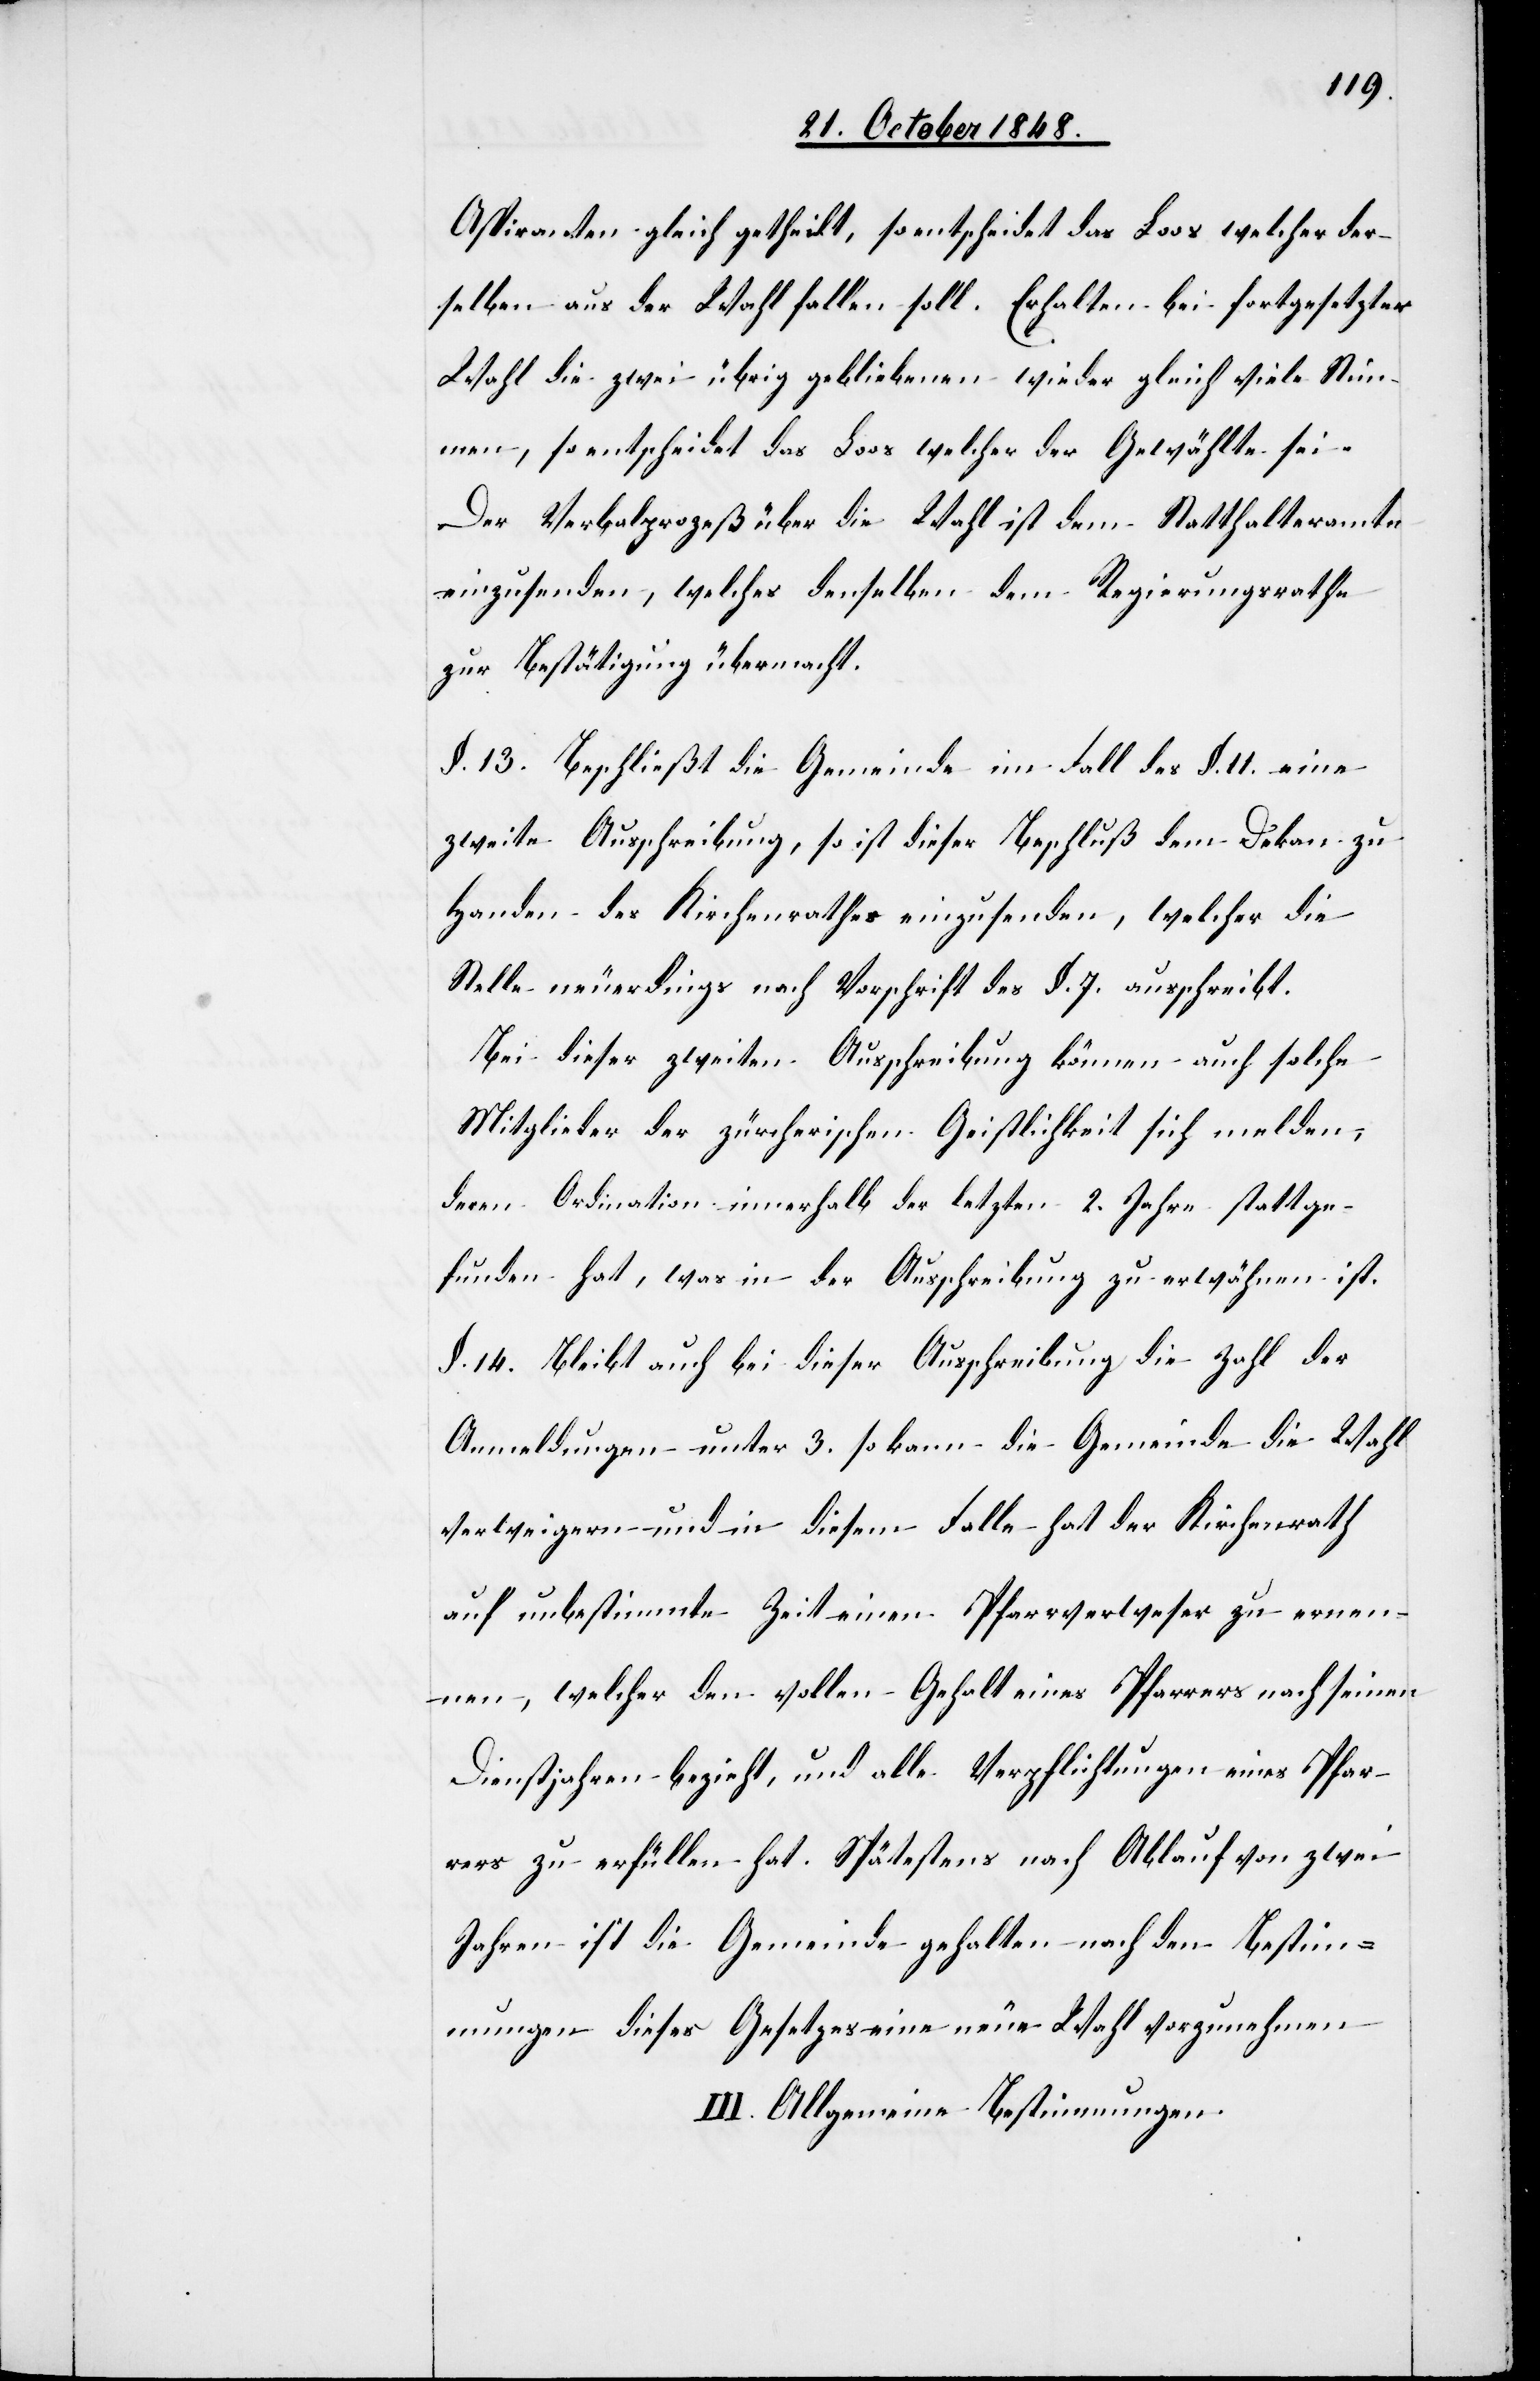
Aspiranten gleich getheilt, so entscheidet das Loos welcher der¬
selben aus der Wahl fallen soll. Erhalten bei fortgesetzter
Wahl die zwei übrig gebliebenen wieder gleich viele Stim¬
men, so entscheidet das Loos welcher der Gewählte sei.
Der Verbalprozeß über die Wahl ist dem Statthalteramte
einzusenden, welches denselben dem Regierungsrathe
zur Bestätigung übermacht.
§. 13. Beschließt die Gemeinde im Fall des §. 11. eine
zweite Ausschreibung, so ist dieser Beschluß dem Dekan zu
Handen des Kirchenrathes einzusenden, welcher die
Stelle neuerdings nach Vorschrift des §. 7. ausschreibt.
Bei dieser zweiten Ausschreibung können auch solche
Mitglieder der zürcherischen Geistlichkeit sich melden,
deren Ordination innerhalb der letzten 2. Jahre stattge¬
funden hat, was in der Ausschreibung zu erwähnen ist.
§. 14. Bleibt auch bei dieser Ausschreibung die Zahl der
Anmeldungen unter 3. so kann die Gemeinde die Wahl
verweigern und in diesem Fall hat der Kirchenrath
auf unbestimmte Zeit einen Pfarrverweser zu ernen¬
nen, welcher den vollen Gehalt eines Pfarrers nach seinen
Dienstjahren bezieht, und alle Verpflichtungen eines Pfar¬
rers zu erfüllen hat. Spätestens nach Ablauf von zwei
Jahren ist die Gemeinde gehalten nach den Bestim¬
mungen dieses Gesetzes eine neue Wahl vorzunehmen
III. Allgemeine Bestimmungen.